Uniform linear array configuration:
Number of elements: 48
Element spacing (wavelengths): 1
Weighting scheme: kaiser
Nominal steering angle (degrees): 15
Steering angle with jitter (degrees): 15.924
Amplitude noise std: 0.05
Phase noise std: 0.05

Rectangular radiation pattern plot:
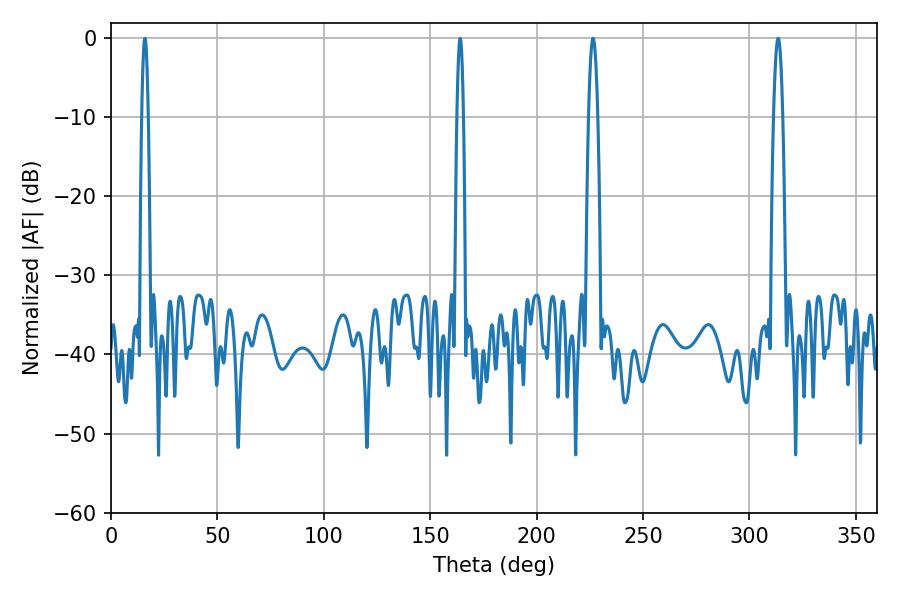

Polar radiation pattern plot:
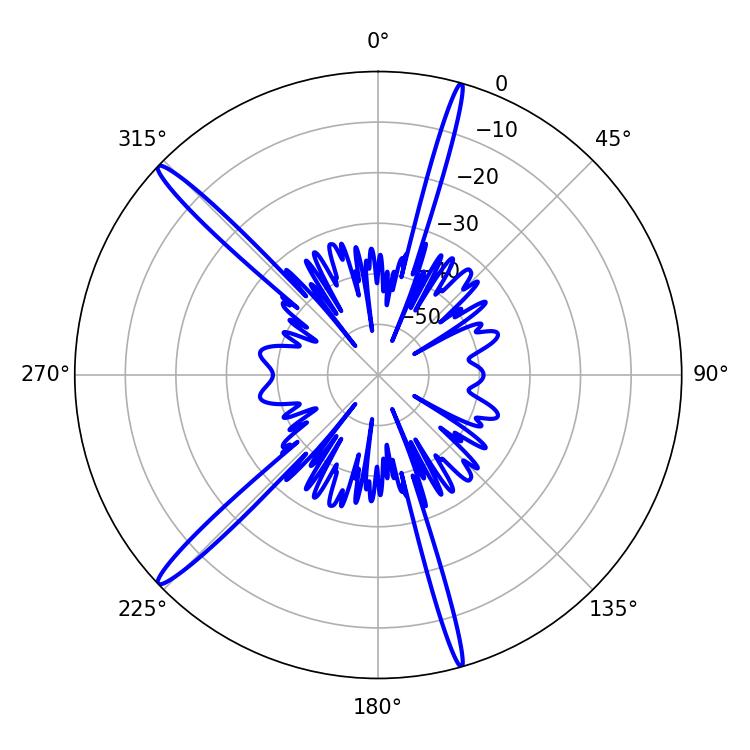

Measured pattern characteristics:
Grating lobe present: TRUE
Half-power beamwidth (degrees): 2.34
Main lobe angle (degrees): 226.44